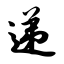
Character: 递